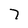
Character: 7